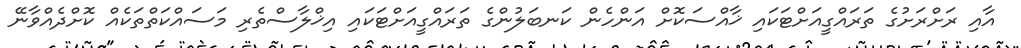
އާއި ރަށްރަށުގެ ތަރައްގީއަށްޓަކައި ޚާއްސަކޮށް އަންހެން ކަނބަލުންގެ ތަރައްގީއަށްޓަކައި އިޚްލާސްތެރި މަސައްކަތްތަކެއް ކޮށްދެއްވާނޭ